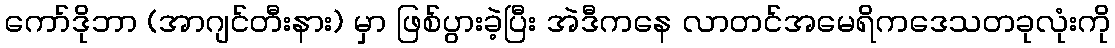
ကော်ဒိုဘာ (အာဂျင်တီးနား) မှာ ဖြစ်ပွားခဲ့ပြီး အဲဒီကနေ လာတင်အမေရိကဒေသတခုလုံးကို